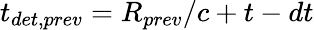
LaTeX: t_{det,prev}=\textit{R}_{prev}/c+t-dt